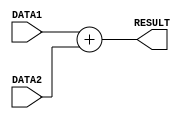
// Group 32
// E/19/205
// E/19/210

//The ADD functional unit adds together the two 8-bit numbers given in DATA1 and DATA2 and sends the answer to the RESULT output
//Contains a delay of 2 time units
module ADD(DATA1, DATA2, RESULT);

	//Declaration of two 8-bit data inputs
	input [7:0] DATA1, DATA2;
	
	//Declaration of output
	output [7:0] RESULT;
	
	//Assigns evaluated addition of DATA1 and DATA2 to RESULT after 2 time unit delay
	assign #2 RESULT = DATA1 + DATA2;
	
endmodule